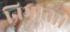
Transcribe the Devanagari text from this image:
निभाता।